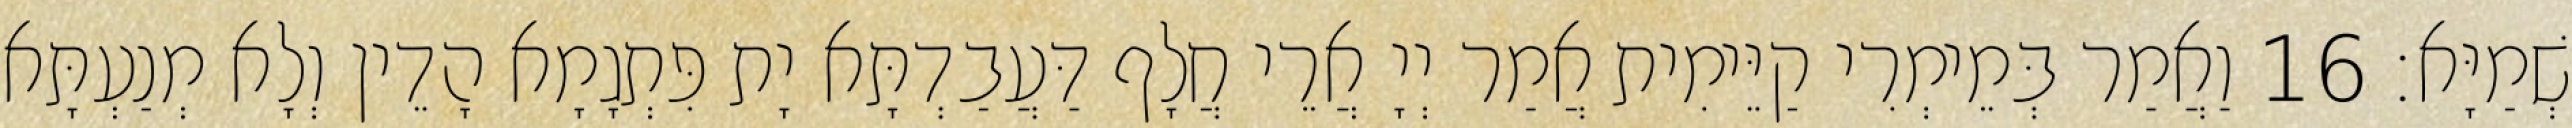
שְׁמַיָּא׃ 16 וַאֲמַר בְּמֵימְרִי קַיֵּימִית אֲמַר יְיָ אֲרֵי חֲלָף דַּעֲבַדְתָּא יָת פִּתְגָמָא הָדֵין וְלָא מְנַעְתָּא